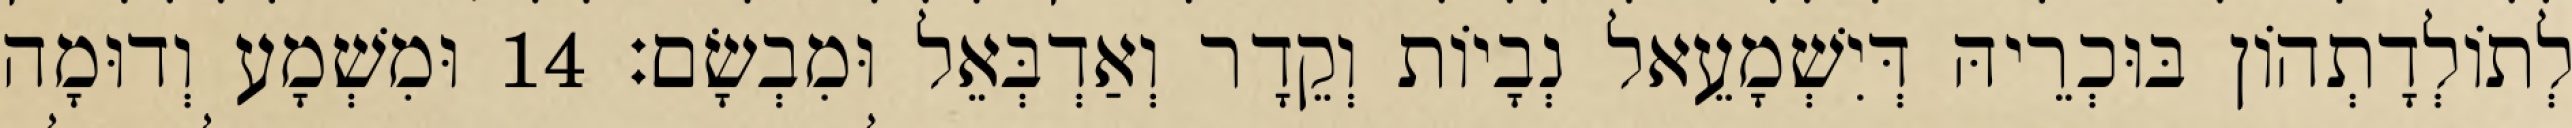
לְתוֹלְדָתְהוֹן בּוּכְרֵיהּ דְּיִשְׁמָעֵאל נְבָיוֹת וְקֵדָר וְאַדְבְּאֵל וּמִבְשָׂם׃ 14 וּמִשְׁמָע וְדוּמָה